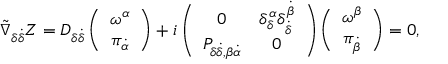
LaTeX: \tilde { \nabla } _ { \delta \dot { \delta } } Z = { \cal D } _ { \delta \dot { \delta } } \left( \begin{array} { c } { { \omega ^ { \alpha } } } \\ { { \pi _ { \dot { \alpha } } } } \end{array} \right) + i \left( \begin{array} { c c } { { 0 } } & { { \delta _ { \delta } ^ { \alpha } \delta _ { \dot { \delta } } ^ { \dot { \beta } } } } \\ { { { \cal P } _ { \delta \dot { \delta } , \beta \dot { \alpha } } } } & { { 0 } } \end{array} \right) \left( \begin{array} { c } { { \omega ^ { \beta } } } \\ { { \pi _ { \dot { \beta } } } } \end{array} \right) = 0 ,